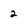
Character: 2